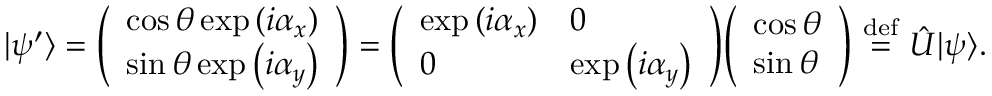
| \psi ^ { \prime } \rangle = { \left( \begin{array} { l } { \cos \theta \exp \left( i \alpha _ { x } \right) } \\ { \sin \theta \exp \left( i \alpha _ { y } \right) } \end{array} \right) } = { \left( \begin{array} { l l } { \exp \left( i \alpha _ { x } \right) } & { 0 } \\ { 0 } & { \exp \left( i \alpha _ { y } \right) } \end{array} \right) } { \left( \begin{array} { l } { \cos \theta } \\ { \sin \theta } \end{array} \right) } \ { \stackrel { \mathrm { d e f } } { = } } \ { \hat { U } } | \psi \rangle .